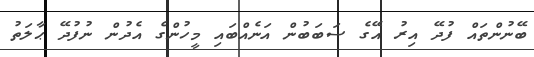
ބޭނުންތައް ފުދޭ އިރު އޭގެ ސަބަބުން އަނެއްބައި މީހުންގެ އެދުން ނުފުދޭ ޙާލަތު